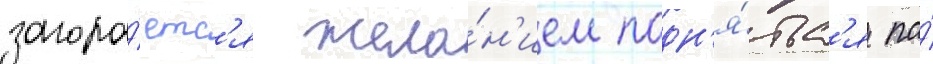
загора́етс'я жела́н'ием подн'я́тьс'я по́